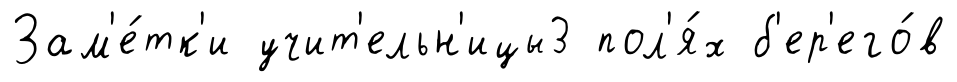
Зам'е́тк'и учит'ельн'ицы3 пол'я́х б'ер'его́в